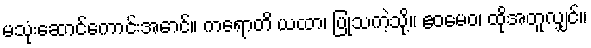
မသုံးဆောင်ကောင်းအောင်။ ကရောတိ ယထာ၊ ပြုသကဲ့သို့။ ဧဝမေဝ၊ ထိုအတူလျှင်။